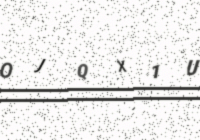
Text: OJQX1U